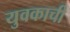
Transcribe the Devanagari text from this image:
युवकाची